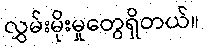
လွှမ်းမိုးမှုတွေရှိတယ်။